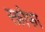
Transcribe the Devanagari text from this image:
स्क्रोफा